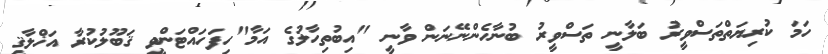
ހަމަ ކުރިޔަތްތަސްވީރު ބަލާނީ ތަސްވީރު ބުނާހެންނޭނަން ވާނީ "އިބުތިހާލުގެ އަމާ"ހިފަހައްޓަންވީ ޤަބޫލުކުރާ އަޚްލާޤީ